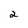
Character: 2